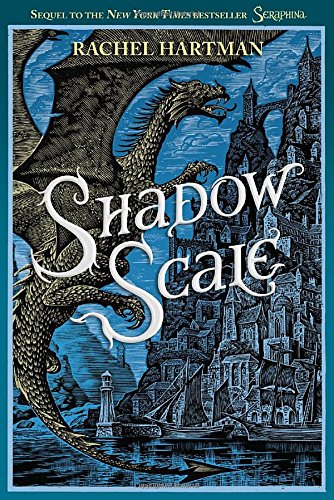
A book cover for Shadow Scale (Seraphina); Rachel Hartman; Teen & Young Adult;